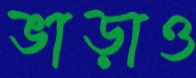
ভাড়াও